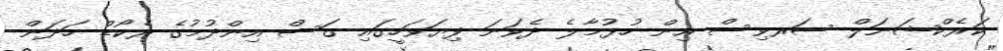
ކަރެކްޝަނަލް ސަރވިސް އިން ހުޅުމާލެ ދެވަނަ ފިޔަވަހީގައި ގަސް އިންދުމުގެ ރެކޯޑް ހަދަން